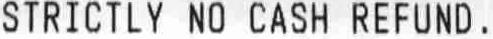
STRICTLY NO CASH REFUND.